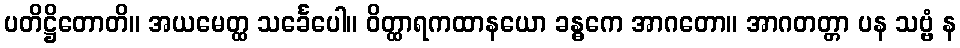
ပတိဋ္ဌိတောတိ။ အယမေတ္ထ သင်္ခေပေါ။ ဝိတ္ထာရကထာနယော ခန္ဓကေ အာဂတော။ အာဂတတ္တာ ပန သဗ္ဗံ န